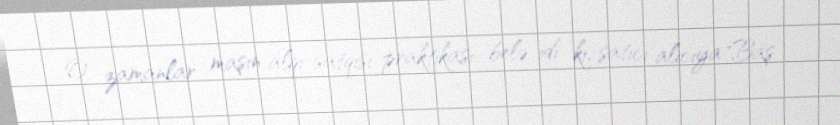
O zamanlar maşın alqı-satqısı praktikası belə idi ki, satıcı alıcıya "Baş